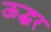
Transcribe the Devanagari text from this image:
ऊद्धर